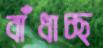
বাঁধাচ্ছ